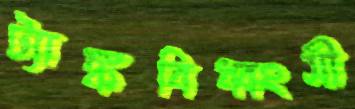
ট্যাঙ্কবিধ্বংসী